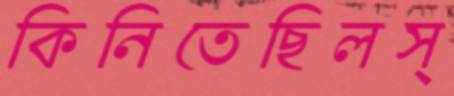
কিনিতেছিলস্